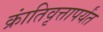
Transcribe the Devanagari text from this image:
क्रांतिवृत्तापर्यंत